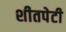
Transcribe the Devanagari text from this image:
शीतपेटी